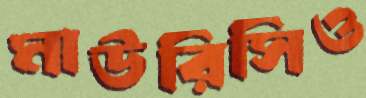
মাউরিসিও